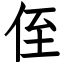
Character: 侄